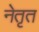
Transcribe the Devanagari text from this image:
नेतृत